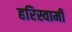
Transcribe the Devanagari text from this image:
हरिस्वामी